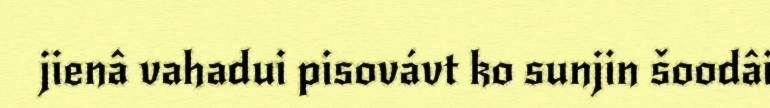
jienâ vahadui pisovávt ko sunjin šoodâi